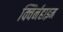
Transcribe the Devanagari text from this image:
क्विर्नहाइम